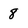
Character: 8